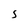
Character: S